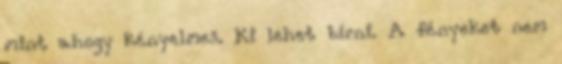
mint ahogy kényelmes. Ki lehet bírni. A fényeket nem